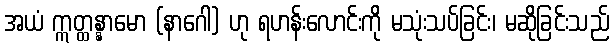
အယံ ဣတ္ထန္နာမော (နာဂေါ) ဟု ရဟန်းလောင်းကို မသုံးသပ်ခြင်း၊ မဆိုခြင်းသည်